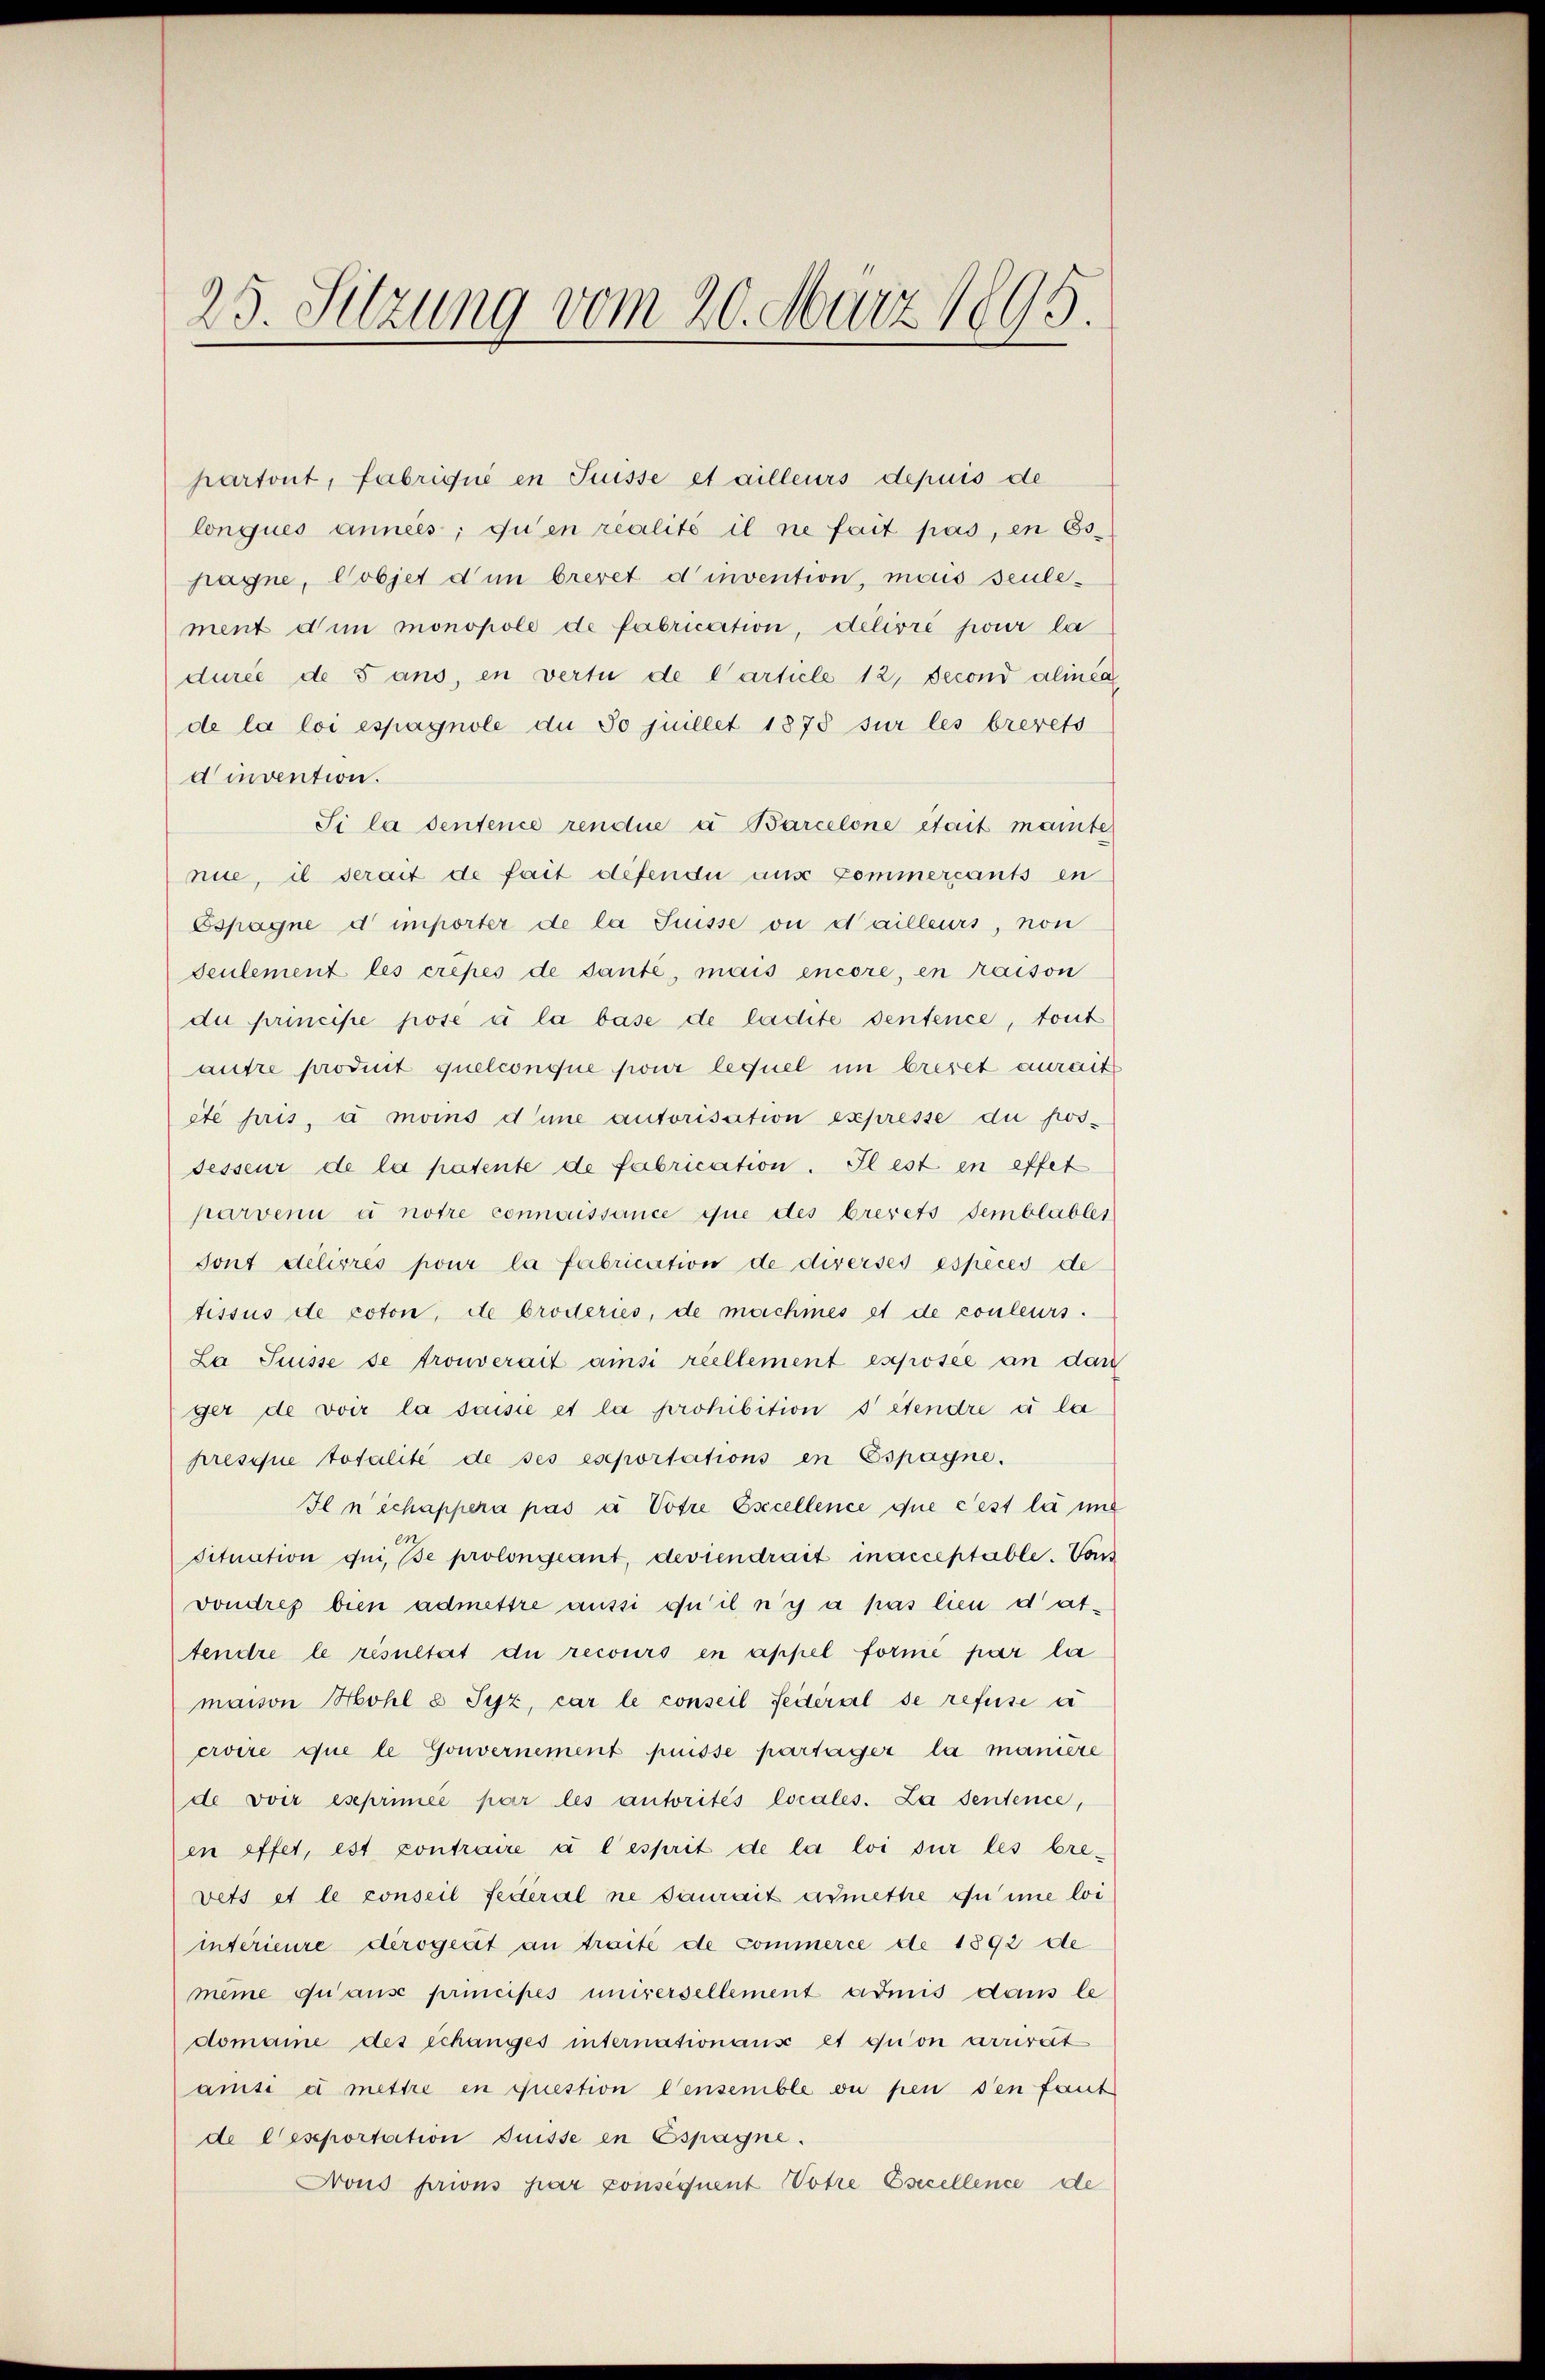
25. Sitzung vom 20. März 1895.

partont, fabriqué en Suisse et ailleurs depuis de
lonques années; du en realité il ne fait pas, in Es
pagne, Cobjet dum brevet d’invention, mais seule-
ment dem monopole de fabrication, délivré sur la
durée de 8 ans, en vertu de l’article 12, Second alinea
de la loi espagnole du 30 juillet 1878 sur les brevets
dinvention.
Si la sentence rendue a Barcelone était mante
nie, il serait de fait defendii aus Commersants en
Espagne d importer de la Suisse ou d’ailleurs, non
Seulement les crepes de sante, mais encore, en raison
du principe posé à la base de ladite dentence, tout
autre produit quelconque pour lequel im brevet aurait
été pris, à moins d’une autorisation expresse du pos-
sesseur de la patente de fabrication. Il est in effet
parvenu à notre connaissance que des brevets semblables
Sont délivrés pour la fabrication de diverses espèces de
tissus de coton, de broderies, de machines et de couleurs.
La Suisse se trouverait ainsi reellement espösee an dan
ger de voir la saisie et la prohibition s’étendre à la
presque totalité de ses exportations en Espagne.
Ilnschappera pas à Votre Esicellence due c’est la in
situation qui, e prolongeant, deviendrait inacceptable. Von
vondres bien admettre aussi qu’il n’y a pas lieu dattendre le résultat die recours en appel forme par la
maison Hohl 8 Syz, car le conseil Federal se refuse a
croire que le Gouvernement puisse partager la manière
de voir eseprimée par les autorités locales. La sentence,
en effet, est contraire à l’esprit de la loi sur les brevets et le conseil Federal ne saurait armettre du imme loi
intérieure derogeat an traité de Commerce de 1892 de
meine qu’ause principes universellement admis dans le
domaine des échanges internationars et qu’on arrivat
amise er mettre en question densenible ou pen den fant
de Ceseportation Suisse in Espagne.
Frous prions par consequent Votre Esecellence de